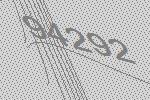
94292